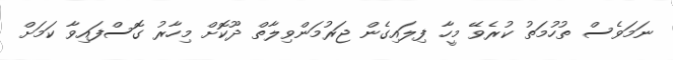
ނަމަވެސް ތުހުމަތު ކުރެވޭ މީހާ ފިލައިގެން ޖަރުމަންވިލާތް ދޫކޮށް މިހާރު ގޮސްފައިވާ ކަމަށް